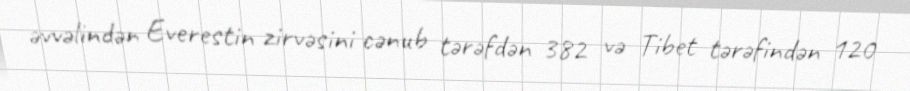
əvvəlindən Everestin zirvəsini cənub tərəfdən 382 və Tibet tərəfindən 120